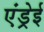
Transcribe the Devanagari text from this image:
एंड्रेई